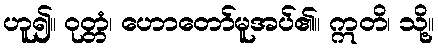
ဟူ၍။ ဝုတ္တံ၊ ဟောတော်မူအပ်၏။ ဣတိ၊ သို့။